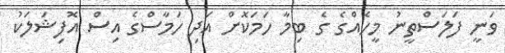
ވަނީ ފަލަސްތީނު މީހެއްގެ ގެ ބިމާ ހަމަކޮށް އަދި ހަމާސްގެ އިސް އޮފިޝަލަކު